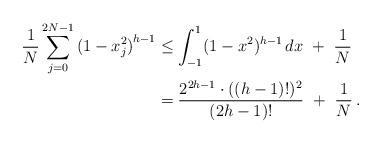
LaTeX: \begin{align*}\frac 1N \sum_{j=0}^{2N-1} {(1-x_j ^ 2 )}^{h-1} &\le \int_{-1}^1 (1-x^2)^{h-1}\,dx ~+~ \frac 1N \\& = \frac{2^{2h-1}\cdot ((h-1)!)^2} {(2h-1)!} ~+~ \frac 1N\,.\end{align*}